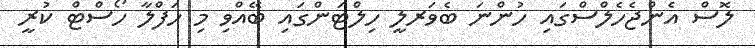
ލޮސް އެންޖެހެލްސްގައި ހުންނަ ބެވަރލީ ހިލްޓަންގައި ބޭއްވި މި ހަފްލާ ހޯސްޓް ކުރީ